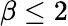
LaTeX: \beta\leq 2